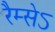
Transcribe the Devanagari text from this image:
रैम्सेऽ